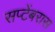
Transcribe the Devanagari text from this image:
सप्टेंबरास